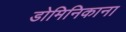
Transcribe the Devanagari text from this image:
डोमिनिकाना